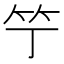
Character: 𥫙